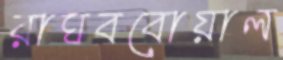
রাঘববোয়াল